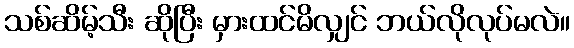
သစ်ဆိမ့်သီး ဆိုပြီး မှားထင်မိလျှင် ဘယ်လိုလုပ်မလဲ။